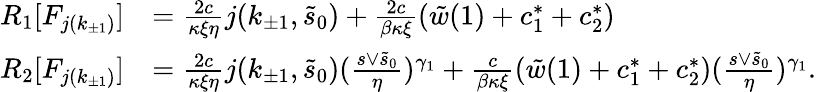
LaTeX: \begin{array}{rl}{R_{1}[F_{j(k_{\pm 1})}]}&{=\frac{2c}{\kappa\xi\eta}j(k_{\pm 1},\tilde{s}_{0})+\frac{2c}{\beta\kappa\xi}(\tilde{w}(1)+c_{1}^{\ast}+c_{2}^{\ast})}\\ {R_{2}[F_{j(k_{\pm 1})}]}&{=\frac{2c}{\kappa\xi\eta}j(k_{\pm 1},\tilde{s}_{0})(\frac{s\vee\tilde{s}_{0}}\eta)^{\gamma_{1}}+\frac c{\beta\kappa\xi}(\tilde{w}(1)+c_{1}^{\ast}+c_{2}^{\ast})(\frac{s\vee\tilde{s}_{0}}\eta)^{\gamma_{1}}.}\end{array}